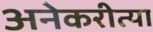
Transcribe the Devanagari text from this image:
अनेकरीत्या